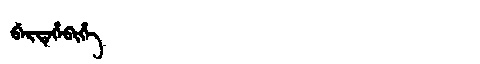
Manchu: ᠪᡝᡵᡨᡝᡥᡝᠪᡳᡥᡝ
Romanization: BERTEHEBIHE